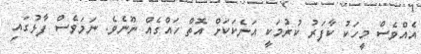
އެއްވެސް މީހަކު ކާފަރު ކުރުމަކީ އަނެކަކަށް އޮތް ހައްގެއް ނޫނެވެ. ނަމަވެސް ފާޅުގައި